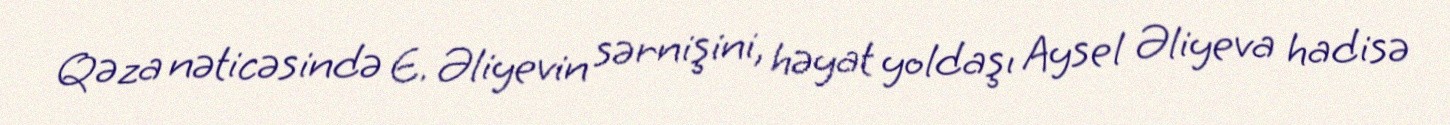
Qəza nəticəsində E. Əliyevin sərnişini, həyat yoldaşı Aysel Əliyeva hadisə